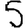
Digit: 5